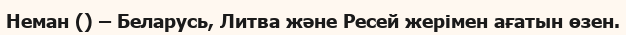
Неман () – Беларусь, Литва және Ресей жерімен ағатын өзен.